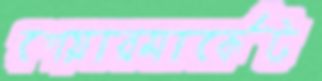
শেয়ারমার্কেট